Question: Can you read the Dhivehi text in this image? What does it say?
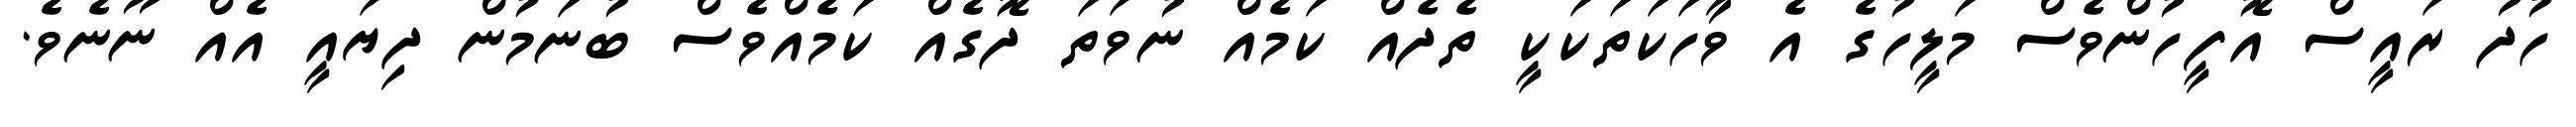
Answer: ހުދު ރައީސް އޮފީހުންވެސް މަލީހުގެ އެ ވާހަކަތަކަކީ ތެދެއް ކަމެއް ނުވަތަ ދޮގެއް ކަމެއްވެސް ބުނަމުން ދިޔައީ އެއް ނޫނެވެ.